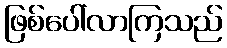
ဖြစ်ပေါ်လာကြသည်